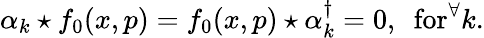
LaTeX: \alpha_{k}\star f_{0}(x,p)=f_{0}(x,p)\star\alpha_{k}^{\dagger}=0,~~\mathrm{for}^{\forall}k.